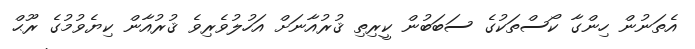
އެތަނުން ހިންގާ ކޯސްތަކުގެ ސަބަބުން ކީރިތި ޤުރުއާނަށް އަހުލުވެރިވެ ޤުރުއާން ކިޔެވުމުގެ ރޫޙް